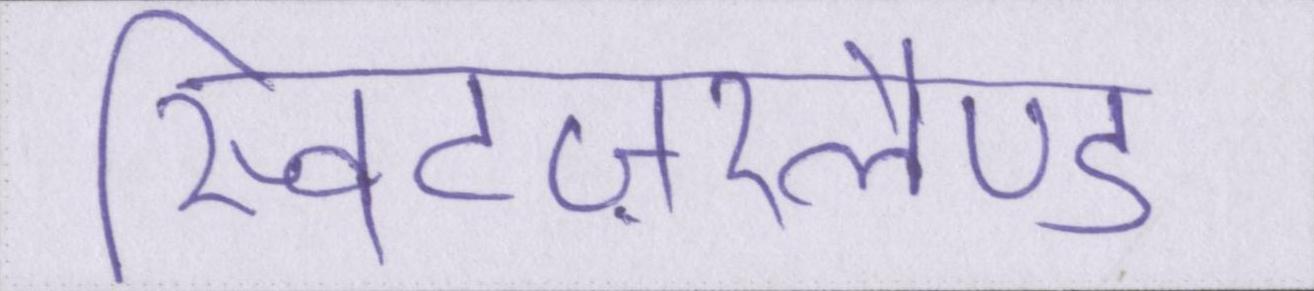
स्विटज़रलैण्ड